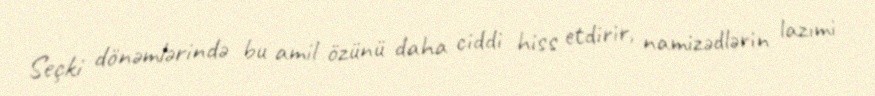
Seçki dönəmlərində bu amil özünü daha ciddi hiss etdirir, namizədlərin lazımi